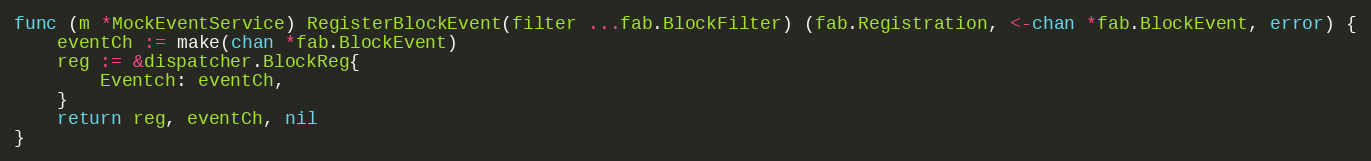
Language: Go
func (m *MockEventService) RegisterBlockEvent(filter ...fab.BlockFilter) (fab.Registration, <-chan *fab.BlockEvent, error) {
	eventCh := make(chan *fab.BlockEvent)
	reg := &dispatcher.BlockReg{
		Eventch: eventCh,
	}
	return reg, eventCh, nil
}